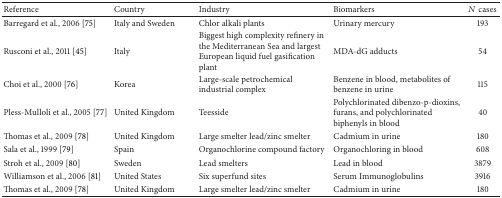
<table><thead><tr><td><b>Reference</b></td><td><b>Country</b></td><td><b>Industry</b></td><td><b>Biomarkers</b></td><td><b><i>N</i> cases</b></td></tr></thead><tbody><tr><td>Barregard et al., 2006 [75]</td><td>Italy and Sweden</td><td>Chlor alkali plants</td><td>Urinary mercury</td><td>193</td></tr><tr><td>Rusconi et al., 2011 [45]</td><td>Italy </td><td>Biggest high complexity refinery in the Mediterranean Sea and largest European liquid fuel gasification plant</td><td>MDA-dG adducts</td><td>54</td></tr><tr><td>Choi et al., 2000 [76]</td><td>Korea</td><td>Large-scale petrochemical industrial complex</td><td>Benzene in blood, metabolites of benzene in urine</td><td>115</td></tr><tr><td>Pless-Mulloli et al., 2005 [77]</td><td>United Kingdom</td><td>Teesside</td><td>Polychlorinated dibenzo-p-dioxins, furans, and polychlorinated biphenyls in blood</td><td>40</td></tr><tr><td>Thomas et al., 2009 [78]</td><td>United Kingdom</td><td>Large smelter lead/zinc smelter</td><td>Cadmium in urine</td><td>180</td></tr><tr><td>Sala et al., 1999 [79]</td><td>Spain</td><td>Organochlorine compound factory</td><td>Organochloring in blood</td><td>608</td></tr><tr><td>Stroh et al., 2009 [80]</td><td>Sweden</td><td>Lead smelters</td><td>Lead in blood</td><td>3879</td></tr><tr><td>Williamson et al., 2006 [81]</td><td>United States</td><td>Six superfund sites</td><td>Serum Immunoglobulins</td><td>3916</td></tr><tr><td>Thomas et al., 2009 [78]</td><td>United Kingdom</td><td>Large smelter lead/zinc smelter</td><td>Cadmium in urine</td><td>180</td></tr></tbody></table>